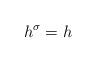
LaTeX: \begin{align*}h^{\sigma}=h\end{align*}